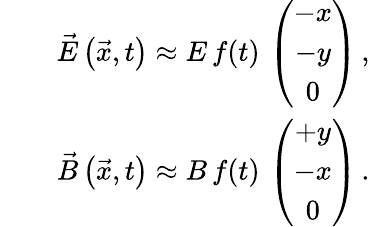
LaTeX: \begin{array}{rlr}&{}&{\vec{E}\left(\vec{x},t\right)\approx E\, f(t)\, \left(\begin{array}{c}{-x}\\ {-y}\\ {0}\end{array}\right)\, ,}\\ &{}&{\vec{B}\left(\vec{x},t\right)\approx B\, f(t)\, \left(\begin{array}{c}{+y}\\ {-x}\\ {0}\end{array}\right)\, .}\end{array}